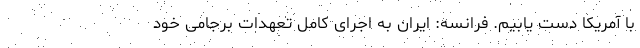
با آمریکا دست یابیم. فرانسه: ایران به اجرای کامل تعهدات برجامی خود